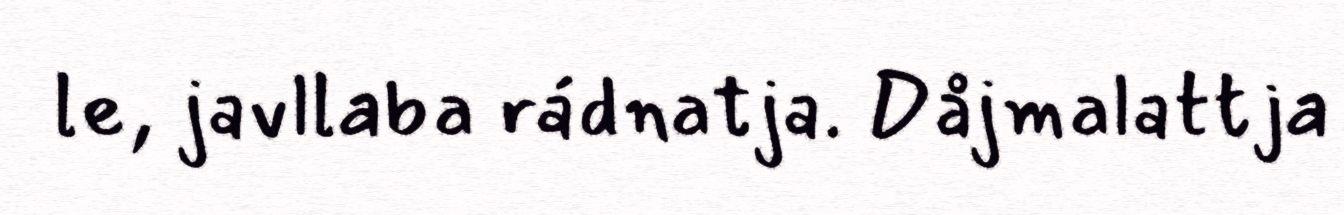
le, javllaba rádnatja. Dåjmalattja